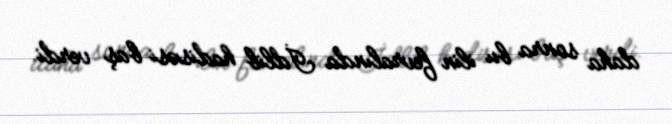
daha sonra bu ilin fevralında İdlib hadisəsi baş verdi.